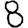
Digit: 8